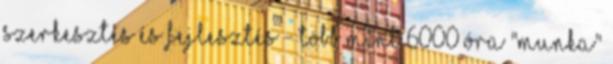
szerkesztés és fejlesztés - több mint 6000 óra "munka"